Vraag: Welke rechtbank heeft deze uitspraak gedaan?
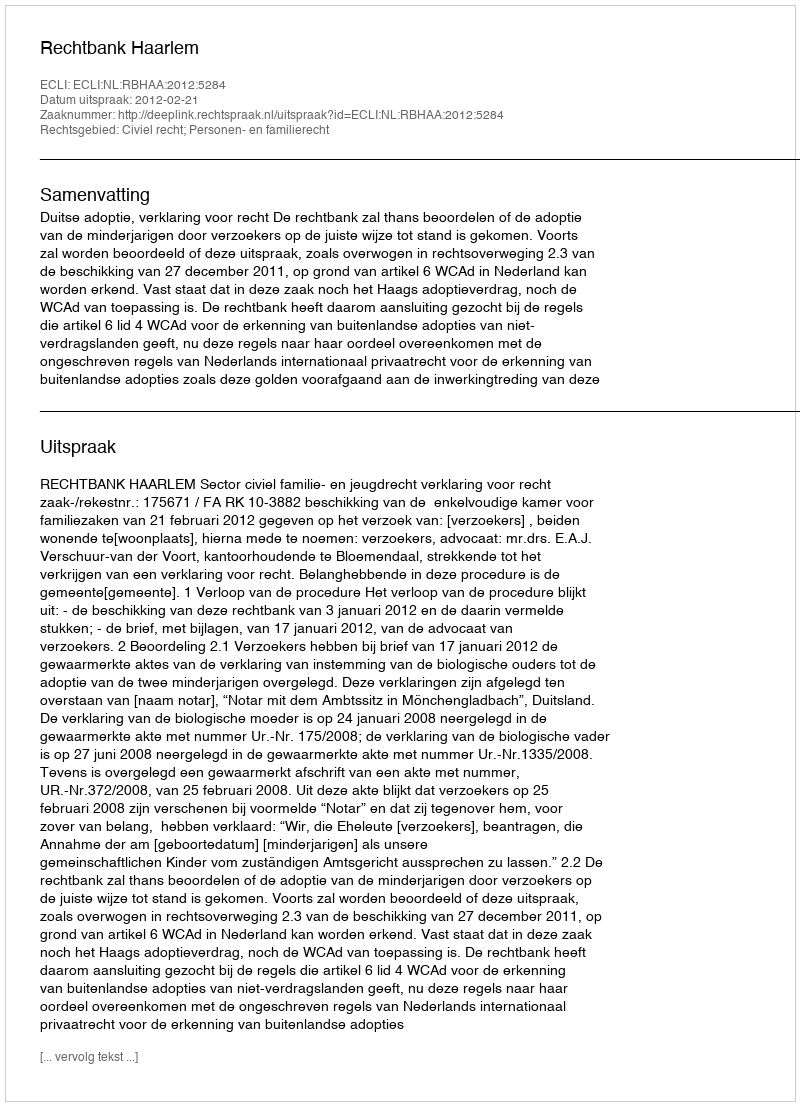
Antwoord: Rechtbank Haarlem